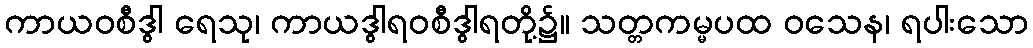
ကာယဝစီဒွါ ရေသု၊ ကာယဒွါရဝစီဒွါရတို့၌။ သတ္တကမ္မပထ ဝသေန၊ ရပါးသော